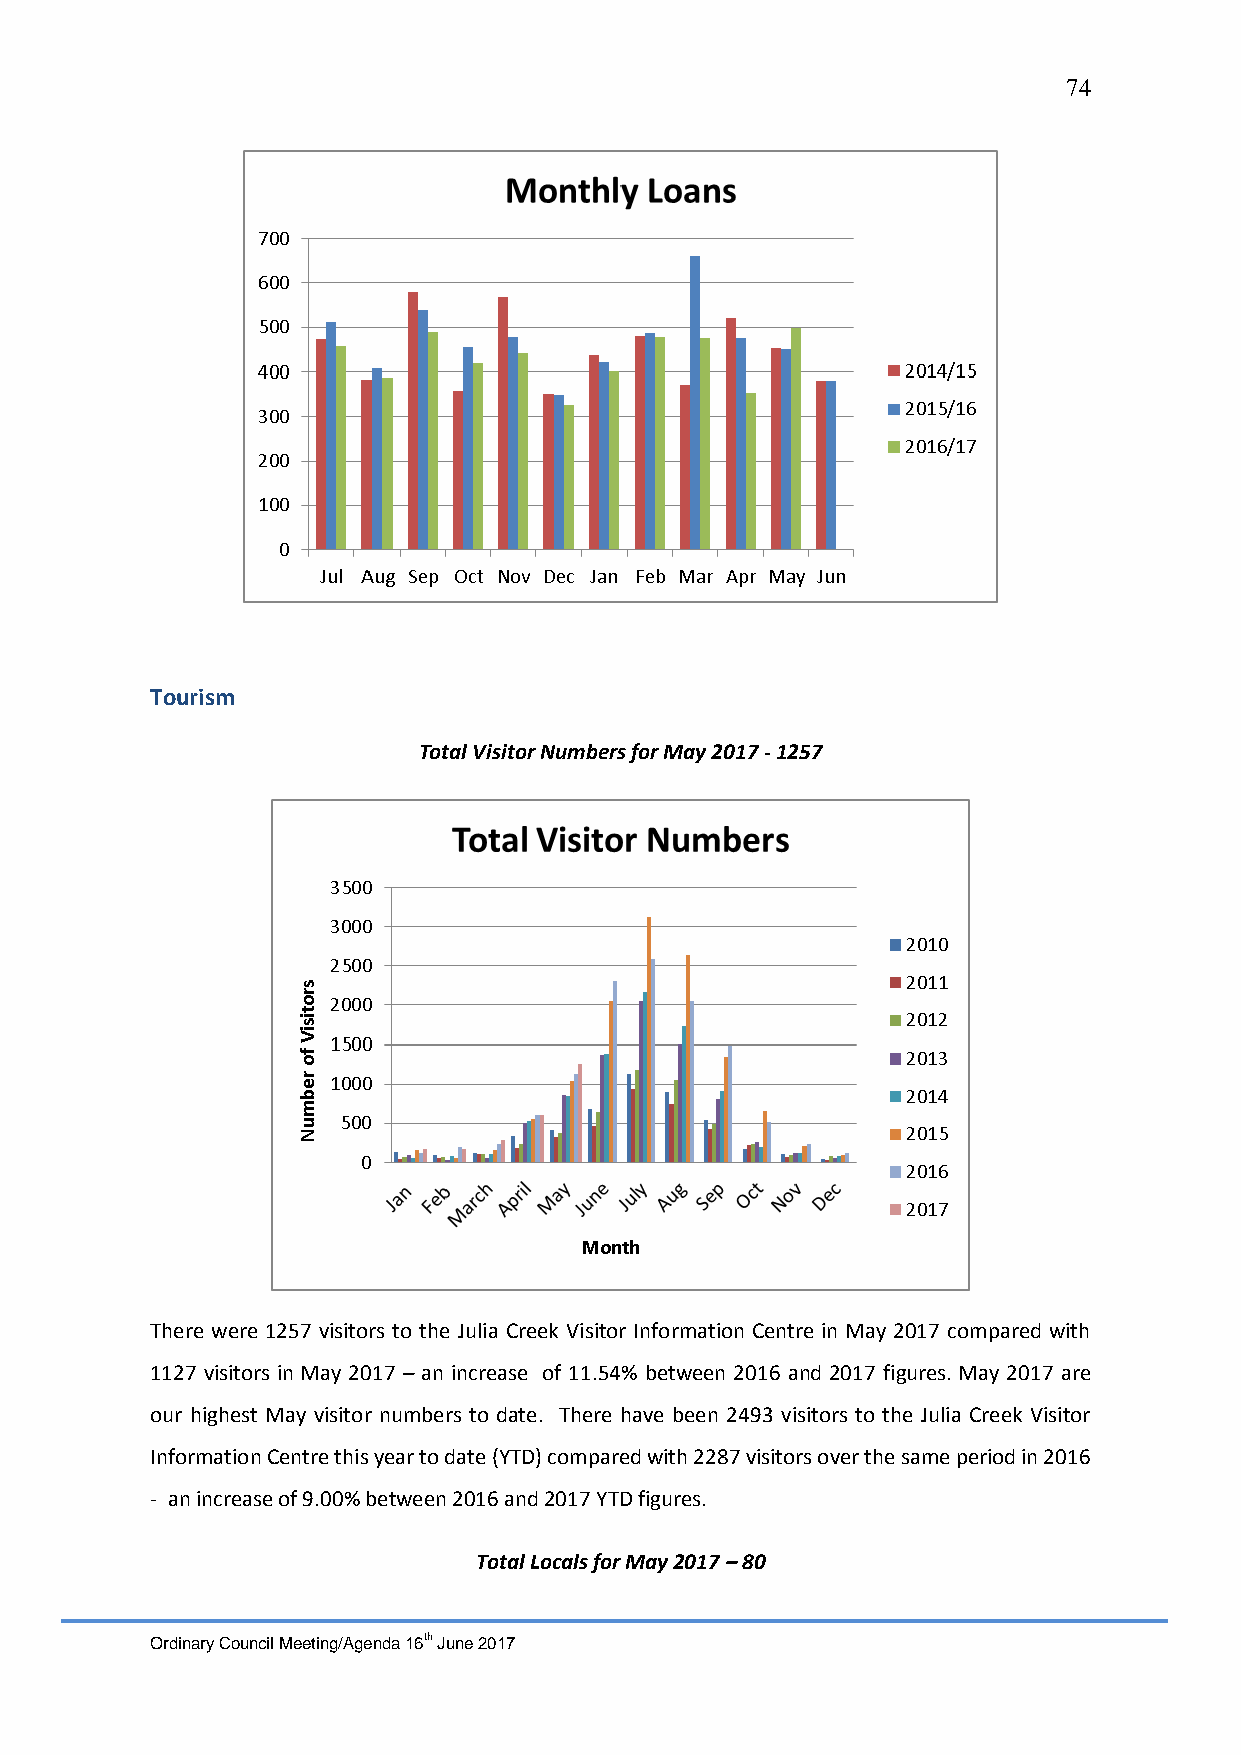
74
 Tourism
 Total Visitor Numbers for May 2017 - 1257
 There were 1257 visitors to the Julia Creek Visitor Information Centre in May 2017 compared with
 1127 visitors in May 2017 – an increase of 11.54% between 2016 and 2017 figures. May 2017 are
 our highest May visitor numbers to date. There have been 2493 visitors to the Julia Creek Visitor
 Information Centre this year to date (YTD) compared with 2287 visitors over the same period in 2016
 - an increase of 9.00% between 2016 and 2017 YTD figures.
 Total Locals for May 2017 – 80
 Ordinary Council Meeting/Agenda 16th June 2017